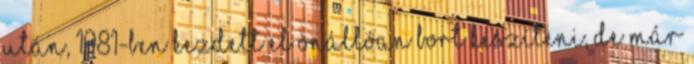
után, 1981-ben kezdett el önállóan bort készíteni, de már